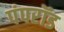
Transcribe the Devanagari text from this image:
पंपरॉड